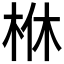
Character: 𣐾